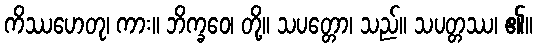
ကိဿဟေတု၊ ကား။ ဘိက္ခဝေ၊ တို့။ သပတ္တော၊ သည်။ သပတ္တဿ၊ ၏။